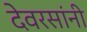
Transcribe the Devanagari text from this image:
देवरसांनी